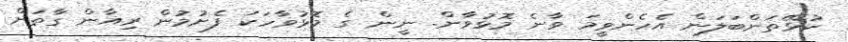
ކުޅޭތަންބަލަން އެހެންވީމަ ވާނެ މޮޅުވާން. ނީން ގެ މޮޅުވާހަކަ ފެށުމުން ރިއާން ގާތަށް